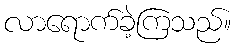
လာရောက်ခဲ့ကြသည်။